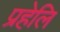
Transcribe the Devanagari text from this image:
प्रहेलि